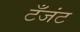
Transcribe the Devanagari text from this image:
टँजंट